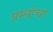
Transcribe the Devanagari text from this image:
प्रम्लोचा